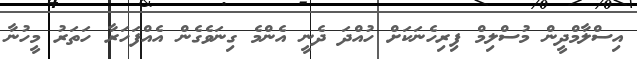
އިސްލާމްދީން މުސްލިމް ފިރިހެނަކަށް ހުއްދަ ދެނީ އެންމެ ގިނަވެގެން އެއްފަހަރާ ހަތަރު މީހުނާ